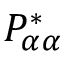
P _ { \alpha \alpha } ^ { * }